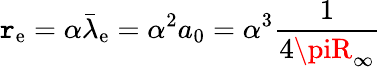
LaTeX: \mathtt{r}_{\mathrm{{e}}}=\alpha{\bar{{\lambda}}}_{\mathrm{{e}}}=\alpha^{2}a_{0}=\alpha^{3}{\frac{{1}}{{4\piR_{\infty}}}}